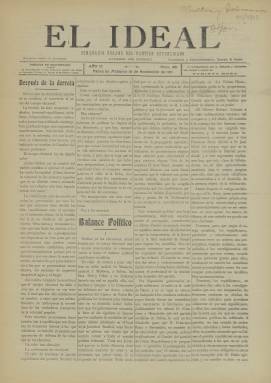
Título: El Ideal (Palma de Mallorca)
Colección: Periódicos
Ámbito geográfico: Baleares
Lugar de publicación: Palma de Mallorca
Fechas: 18/11/1911-18/11/1911